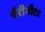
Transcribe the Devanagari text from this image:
पैरीमीटर